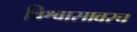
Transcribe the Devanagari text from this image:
विश्वासावरच